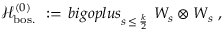
{ \mathcal H } _ { \mathrm { b o s . } } ^ { ( 0 ) } \ : = \, b i g o p l u s _ { s \, \leq \, \frac k 2 } \ W _ { s } \otimes W _ { s } \ ,